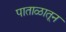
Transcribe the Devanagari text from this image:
पाताळातून